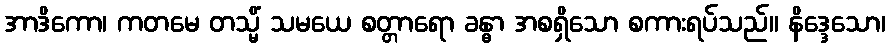
အာဒိကော၊ ကတမေ တသ္မိံ သမယေ စတ္တာရော ခန္ဓာ အစရှိသော စကားရပ်သည်။ နိဒ္ဒေသော၊